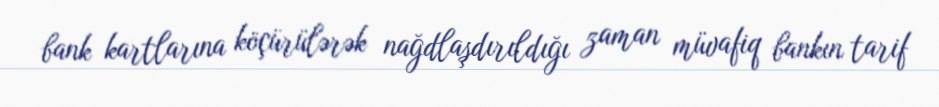
bank kartlarına köçürülərək nağdlaşdırıldığı zaman müvafiq bankın tarif